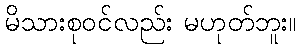
မိသားစုဝင်လည်း မဟုတ်ဘူး။